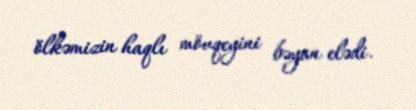
ölkəmizin haqlı mövqeyini bəyan elədi.